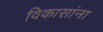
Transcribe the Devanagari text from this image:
विकासांना